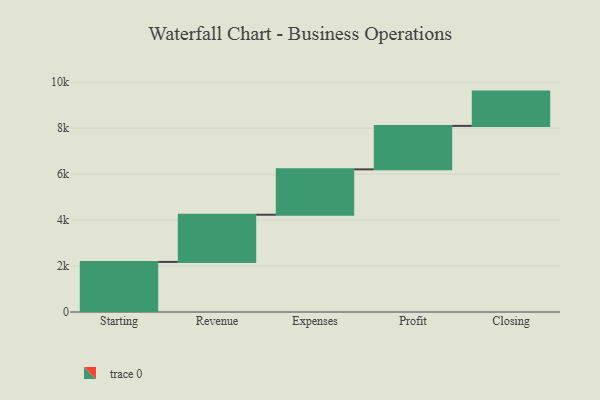
{"axis": {"x": "Step", "y": "Value"}, "legend": [""], "data": [{"x": "Starting", "y": 2180.0, "type": ""}, {"x": "Revenue", "y": 2054.0, "type": ""}, {"x": "Expenses", "y": 1975.0, "type": ""}, {"x": "Profit", "y": 1892.0, "type": ""}, {"x": "Closing", "y": 1492.0, "type": ""}]}